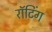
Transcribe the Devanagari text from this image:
रॉटिंग